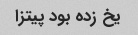
یخ زده بود پیتزا